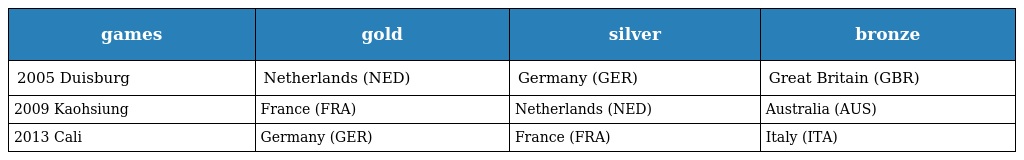
| games | gold | silver | bronze |
 | --- | --- | --- | --- |
 | 2005 Duisburg | Netherlands (NED) | Germany (GER) | Great Britain (GBR) |
 | 2009 Kaohsiung | France (FRA) | Netherlands (NED) | Australia (AUS) |
 | 2013 Cali | Germany (GER) | France (FRA) | Italy (ITA) |